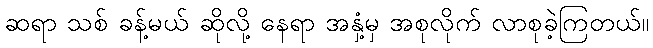
ဆရာ သစ် ခန့်မယ် ဆိုလို့ နေရာ အနှံ့မှ အစုလိုက် လာစုခဲ့ကြတယ်။